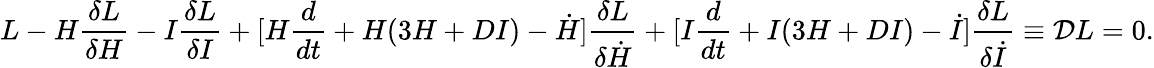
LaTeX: L-H{\frac{\delta L}{\delta H}}-I{\frac{\delta L}{\delta I}}+[H{\frac{d}{dt}}+H(3H+DI)-\dot{H}]{\frac{\delta L}{\delta\dot{H}}}+[I{\frac{d}{dt}}+I(3H+DI)-\dot{I}]{\frac{\delta L}{\delta\dot{I}}}\equiv{\cal D}L=0.